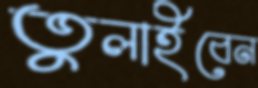
তুলাইবেন